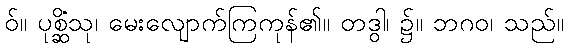
ဝ်။ ပုစ္ဆိံသု၊ မေးလျောက်ကြကုန်၏။ တဒွါ၊ ၌။ ဘဂဝ၊ သည်။